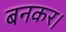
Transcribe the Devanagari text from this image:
बनकर।